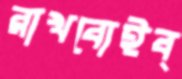
রাখবোইব্